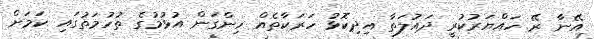
އޭނާ ރޭ ހައްޔަރުކުރީ ދައުލަތާ އިދިކޮޅު ހަރަކާތެއް ހިންގަން އުޅުމުގެ ތުހުމަތުގައި ކަމަށް